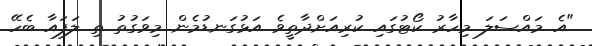
"އެ މައްސަލަ މިހާރު ކޯޓުގައި ކުރިއަށްދާތީވެ އަޅުގަނޑުމެން މިވަގުތު ތި ލަފައާ ބެހޭ